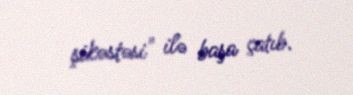
şikəstəsi" ilə başa çatıb.